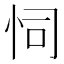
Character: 𢘜